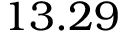
1 3 . 2 9